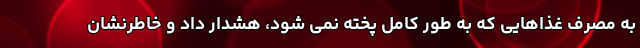
به مصرف غذاهایی که به طور کامل پخته نمی شود، هشدار داد و خاطرنشان